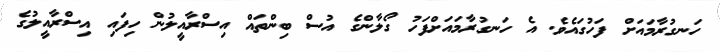
ހަނގުރާމައަށް ފަހުގައެވެ. އެ ހަނގުރާމައަށްފަހު ގޯލާންގެ އުސް ބިންތައް އިސްރާއީލުން ހިފައި އިސްރާއީލުގެ